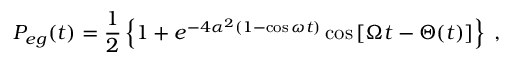
P _ { e g } ( t ) = \frac { 1 } { 2 } \left\{ 1 + e ^ { - 4 \alpha ^ { 2 } ( 1 - \cos \omega t ) } \cos \left[ \Omega t - \Theta ( t ) \right] \right\} \; ,